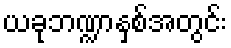
ယခုဘဏ္ဍာနှစ်အတွင်း